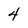
Character: 4